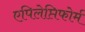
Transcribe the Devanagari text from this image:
एपिलेप्तिफोर्म